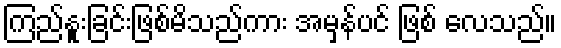
ကြည်နူးခြင်းဖြစ်မိသည်ကား အမှန်ပင် ဖြစ် လေသည်။